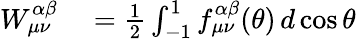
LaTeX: \begin{array}{rl}{W_{{\mu}{\nu}}^{\alpha\beta}}&{{}=\frac{1}{2}\int_{-1}^{1}f_{{\mu}{\nu}}^{\alpha\beta}(\theta)\, d\cos\theta}\end{array}